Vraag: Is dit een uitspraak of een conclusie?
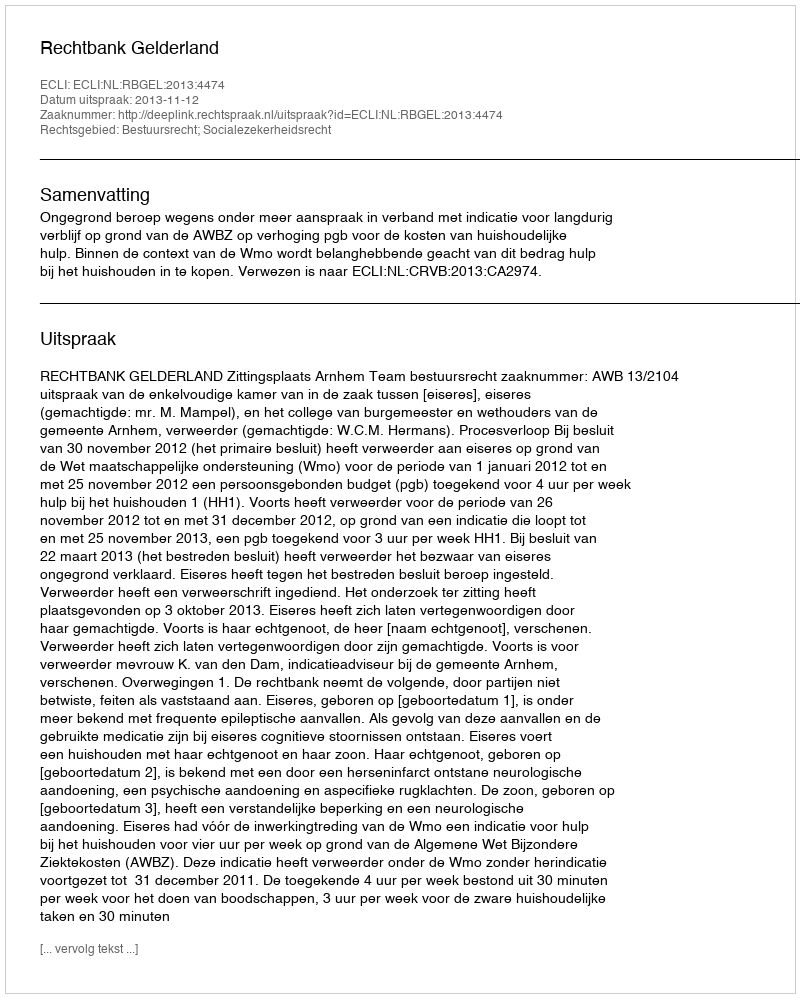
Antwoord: Uitspraak